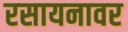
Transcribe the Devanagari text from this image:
रसायनावर